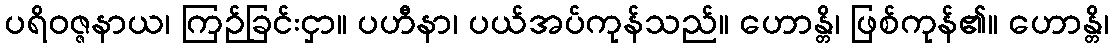
ပရိဝဇ္ဇနာယ၊ ကြဉ်ခြင်းငှာ။ ပဟီနာ၊ ပယ်အပ်ကုန်သည်။ ဟောန္တိ၊ ဖြစ်ကုန်၏။ ဟောန္တိ၊